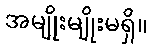
အမျိုးမျိုးမရှိ။